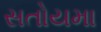
સતોયમા